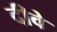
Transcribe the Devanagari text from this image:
दीवे